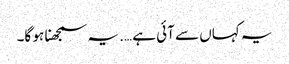
یہ کہاں سے آئی ہے …. یہ سمجھنا ہو گا۔